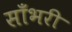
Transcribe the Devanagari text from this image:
साँभरी